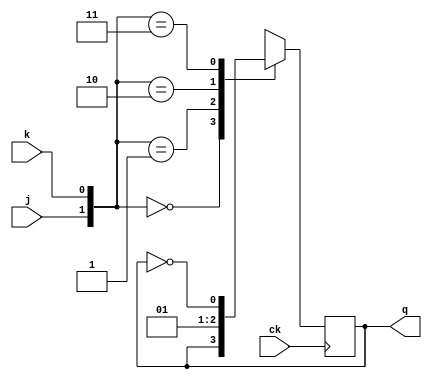


module ffp_jk( ck, j,k,q);

input ck, j, k;
output q;

reg q;
wire j, k, ck;



// sincronizzazione sul fronte positivo del clock

always @(posedge ck)
begin
case ({j,k})

2'b00: q<=q;
2'b01: q<=1'b0;
2'b10: q<=1'b1;
2'b11: q<= ~q; 

default: q<= 1'bx;


endcase
end 

endmodule